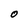
Character: O